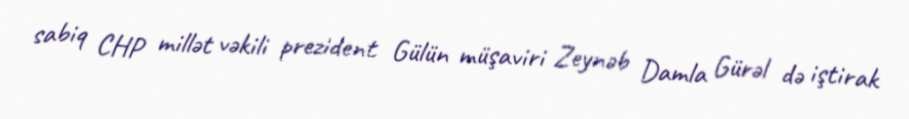
sabiq CHP millət vəkili prezident Gülün müşaviri Zeynəb Damla Gürəl də iştirak